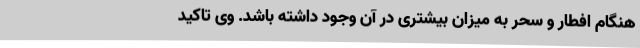
هنگام افطار و سحر به میزان بیشتری در آن وجود داشته باشد. وی تاکید